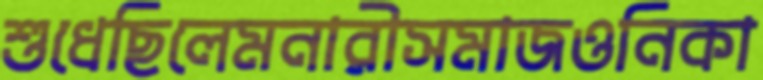
শুধেছিলেমনারীসমাজওনিকা